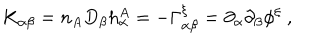
LaTeX: K _ { \alpha \beta } = n _ { A } D _ { \beta } h _ { \alpha } ^ { A } = - \Gamma _ { \alpha \beta } ^ { \xi } = \partial _ { \alpha } \partial _ { \beta } \phi ^ { \xi } ~ ,